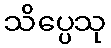
သိပ္ပေသု